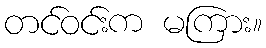
တင်ဝင်းက မကြား။